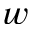
w